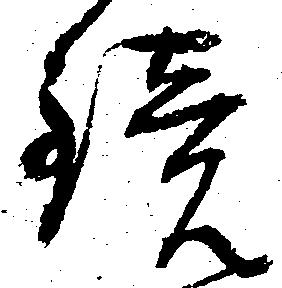
鏡